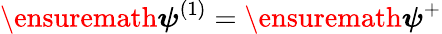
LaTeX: \ensuremath{\boldsymbol{\psi}}^{(1)}=\ensuremath{\boldsymbol{\psi}}^{+}